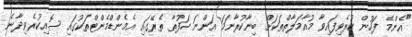
"އެންމެ ފަހުން ކުރެވިފައިވާ މުއާމަލާތްތަކަށް ބިނާކުރާނަމަ އަންނަ ހަފުތާ ތެރޭގައި އެމެންޑްމެންޓްތަކުގައި ސޮއިކުރެވިދާނެ